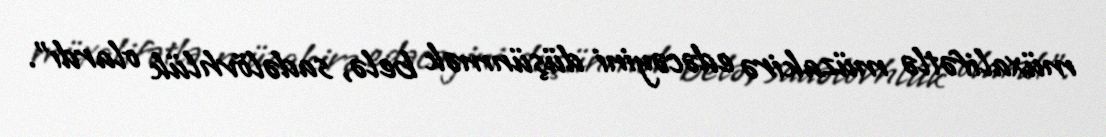
müxalifətlə müzakirə edəcəyini düşünmək belə, sadəlövhlük olardı”.